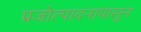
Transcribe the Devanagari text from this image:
प्रजोत्पादनापासून